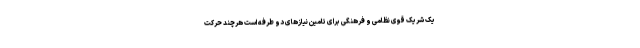
یک شریک قوی نظامی و فرهنگی برای تامین نیازهای دو طرفه است هرچند حرکت